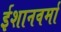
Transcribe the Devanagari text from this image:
ईशानवर्मा